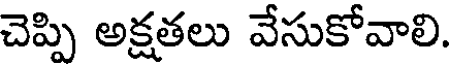
చెప్పి అక్షతలు వేసుకోవాలి.